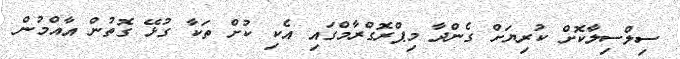
ސިލްސިލާކޮށް ކުރިޔަށް ގެންދާ މިޕްރޮގްރާމްގައި އެކި ކުށް ތަކާ ގުޅޭ ގޮތުން އާއްމުން